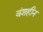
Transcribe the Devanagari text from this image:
वंशहीन